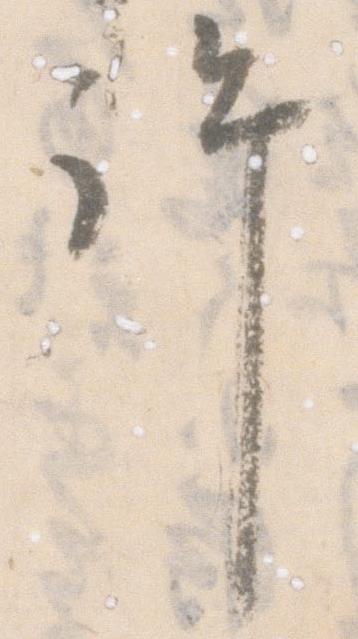
許